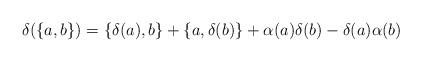
LaTeX: \begin{align*}\delta(\{a, b\})=\{\delta(a), b\} + \{a, \delta(b)\}+ \alpha(a)\delta(b)-\delta(a)\alpha(b)\end{align*}